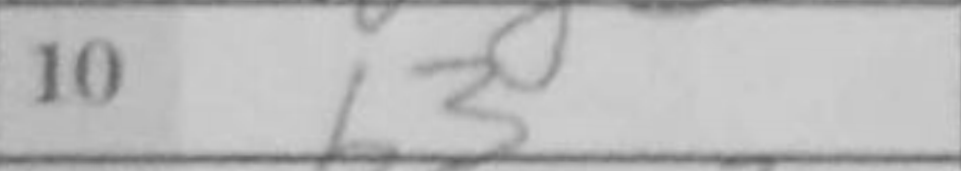
Transcription: b3